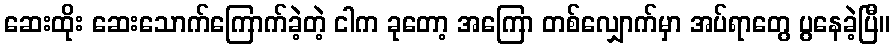
ဆေးထိုး ဆေးသောက်ကြောက်ခဲ့တဲ့ ငါက ခုတော့ အကြော တစ်လျှောက်မှာ အပ်ရာတွေ ပွနေခဲ့ပြီ။